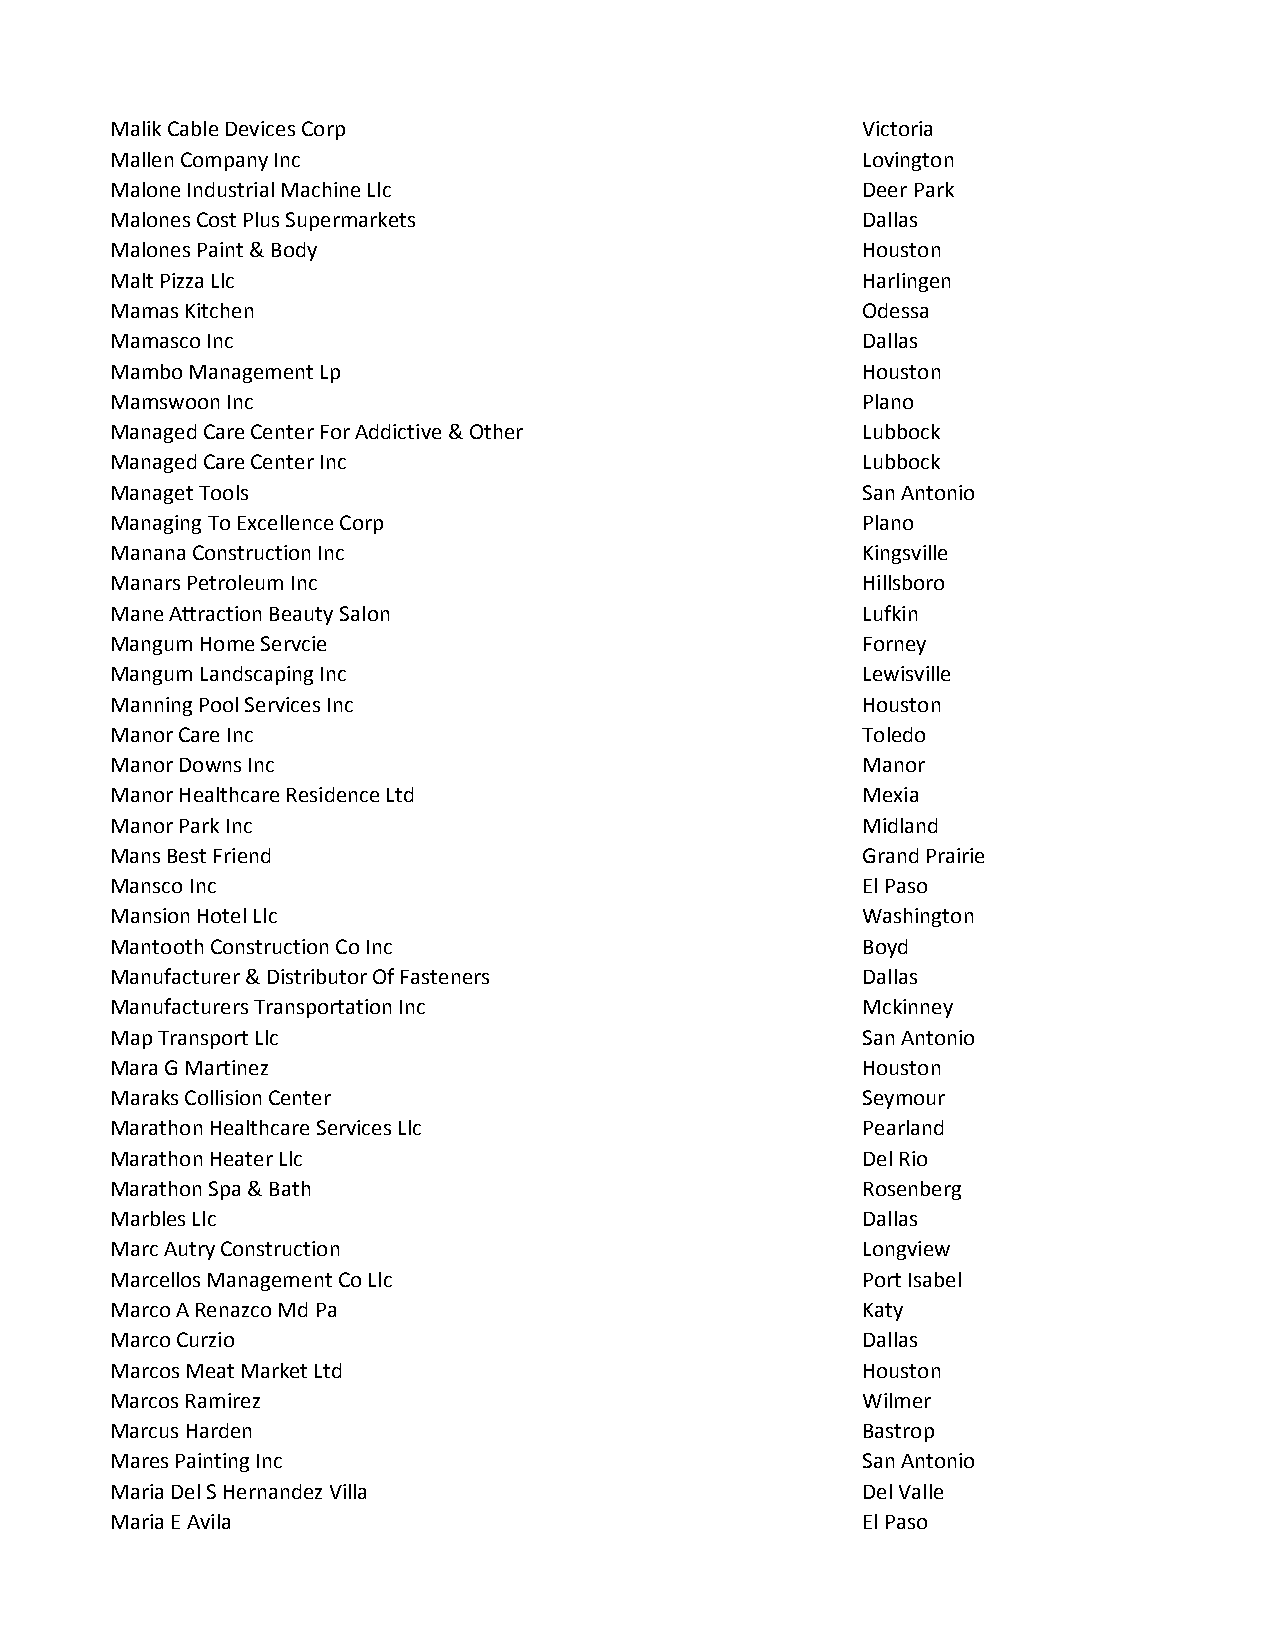
Malik Cable Devices Corp                          Victoria
 Mallen Company Inc                                Lovington
 Malone Industrial Machine Llc                     Deer Park
 Malones Cost Plus Supermarkets                    Dallas
 Malones Paint & Body                              Houston
 Malt Pizza Llc                                    Harlingen
 Mamas Kitchen                                     Odessa
 Mamasco Inc                                       Dallas
 Mambo Management Lp                               Houston
 Mamswoon Inc                                      Plano
 Managed Care Center For Addictive & Other         Lubbock
 Managed Care Center Inc                           Lubbock
 Managet Tools                                     San Antonio
 Managing To Excellence Corp                       Plano
 Manana Construction Inc                           Kingsville
 Manars Petroleum Inc                              Hillsboro
 Mane Attraction Beauty Salon                      Lufkin
 Mangum Home Servcie                               Forney
 Mangum Landscaping Inc                            Lewisville
 Manning Pool Services Inc                         Houston
 Manor Care Inc                                    Toledo
 Manor Downs Inc                                   Manor
 Manor Healthcare Residence Ltd                    Mexia
 Manor Park Inc                                    Midland
 Mans Best Friend                                  Grand Prairie
 Mansco Inc                                        El Paso
 Mansion Hotel Llc                                 Washington
 Mantooth Construction Co Inc                      Boyd
 Manufacturer & Distributor Of Fasteners           Dallas
 Manufacturers Transportation Inc                  Mckinney
 Map Transport Llc                                 San Antonio
 Mara G Martinez                                   Houston
 Maraks Collision Center                           Seymour
 Marathon Healthcare Services Llc                  Pearland
 Marathon Heater Llc                               Del Rio
 Marathon Spa & Bath                               Rosenberg
 Marbles Llc                                       Dallas
 Marc Autry Construction                           Longview
 Marcellos Management Co Llc                       Port Isabel
 Marco A Renazco Md Pa                             Katy
 Marco Curzio                                      Dallas
 Marcos Meat Market Ltd                            Houston
 Marcos Ramirez                                    Wilmer
 Marcus Harden                                     Bastrop
 Mares Painting Inc                                San Antonio
 Maria Del S Hernandez Villa                       Del Valle
 Maria E Avila                                     El Paso